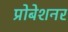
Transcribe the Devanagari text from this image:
प्रोबेशनर